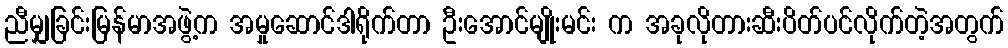
ညီမျှခြင်းမြန်မာအဖွဲ့က အမှုဆောင်ဒါရိုက်တာ ဦးအောင်မျိုးမင်း က အခုလိုတားဆီးပိတ်ပင်လိုက်တဲ့အတွက်